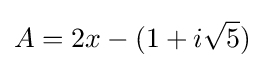
A=2x-(1+i{\sqrt {5}})